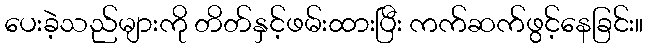
ပေးခဲ့သည်များကို တိတ်နှင့်ဖမ်းထားပြီး ကက်ဆက်ဖွင့်နေခြင်း။